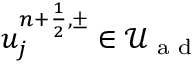
u _ { j } ^ { { n + \frac { 1 } { 2 } } , \pm } \in \mathcal { U } _ { \textrm { a d } }